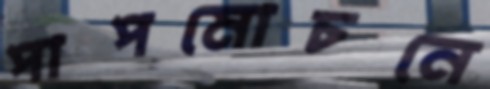
পাপমোচনে